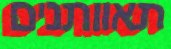
תאוותנים